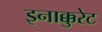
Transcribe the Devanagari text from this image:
इनाक्कुरेट